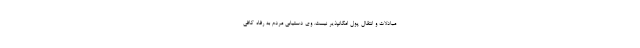
مبادلات و انتقال پول امکانپذیر نیست. وی دستیابی مردم به رفاه کافی